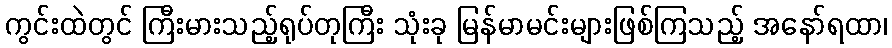
ကွင်းထဲတွင် ကြီးမားသည့်ရုပ်တုကြီး သုံးခု မြန်မာမင်းများဖြစ်ကြသည့် အနော်ရထာ၊